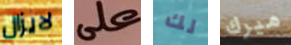
لايزال على لك ميرك